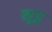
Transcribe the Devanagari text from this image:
शुट्ठ